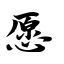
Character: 愿